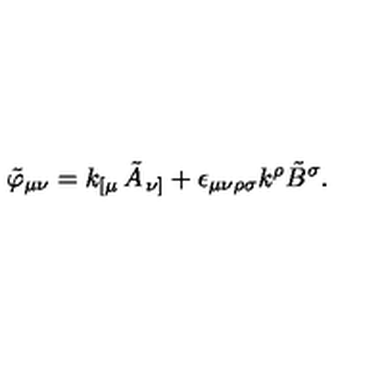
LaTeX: \tilde { \varphi } _ { \mu \nu } = k _ { \left[ \mu \right. } \tilde { A } _ { \left. \nu \right] } + \epsilon _ { \mu \nu \rho \sigma } k ^ { \rho } \tilde { B } ^ { \sigma } .